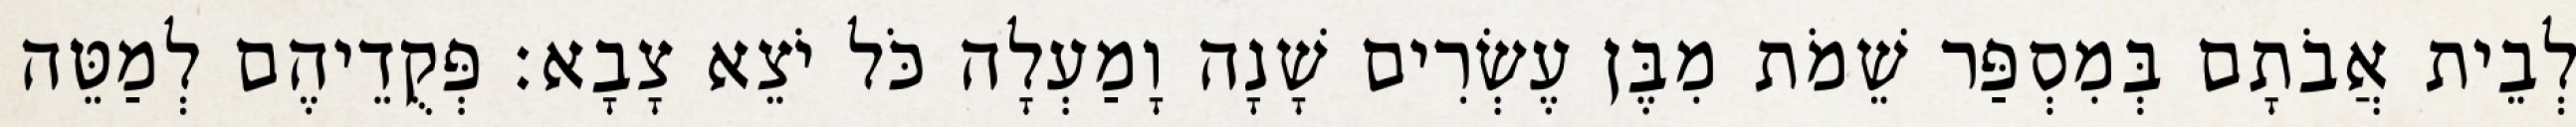
לְבֵית אֲבֹתָם בְּמִסְפַּר שֵׁמֹת מִבֶּן עֶשְׂרִים שָׁנָה וָמַעְלָה כֹּל יֹצֵא צָבָא׃ פְּקֻדֵיהֶם לְמַטֵּה